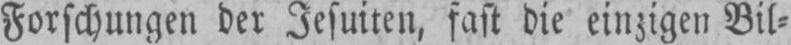
Forschungen der Jesuiten, fast die einzigen Bil⸗